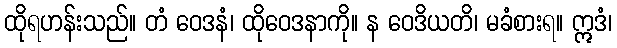
ထိုရဟန်းသည်။ တံ ဝေဒနံ၊ ထိုဝေဒနာကို။ န ဝေဒိယတိ၊ မခံစားရ။ ဣဒံ၊